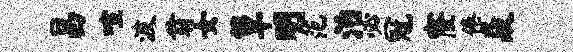
昌喧波翁女簟明范治必冠窿倦焱